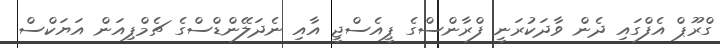
ގްރޫޕް އެފްގައި ދެން ވާދަކުރަނީ ފްރާންސްގެ ޕީއެސްޖީ އާއި ނެދަލޭންޑްސްގެ ޗެމްޕިއަން އަޔަކްސް